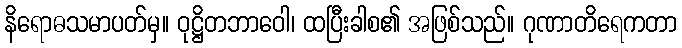
နိရောဓသမာပတ်မှ။ ဝုဋ္ဌိတဘာဝေါ၊ ထပြီးခါစ၏ အဖြစ်သည်။ ဂုဏာတိရေကတာ